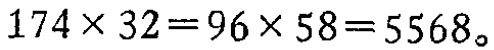
\(174\times 32 = 96\times 58 = 5568\)